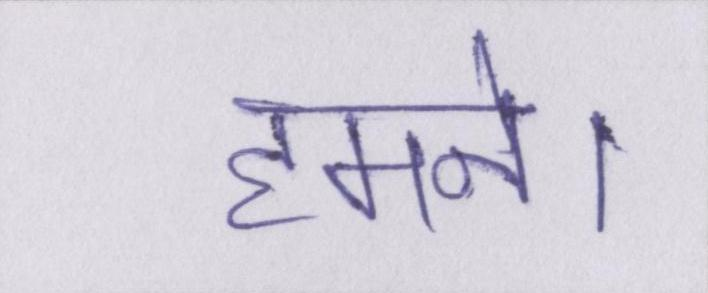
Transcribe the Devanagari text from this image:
हमने।